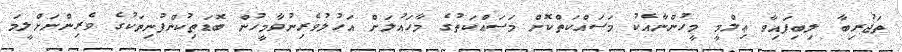
ތަޖުރިބާ ލިބިފައިވާ ޢިލްމީ މީހުންނާއެކު މަސައްކަތްކޮށް މަސައްކަތުގެ މާހައުލަށް އަހުލުވެރިނުވާމީހުން ބޮޑަތިކުންފުނިތަކުގެ ވެރިންނަށްލީމަ